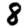
Digit: 8